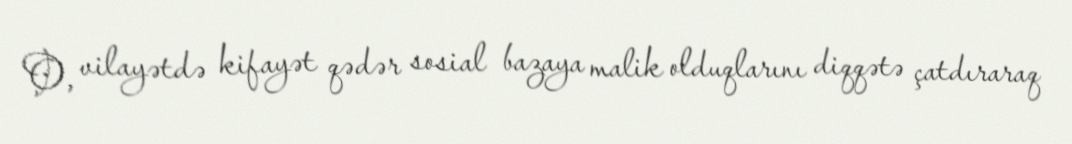
O, vilayətdə kifayət qədər sosial bazaya malik olduqlarını diqqətə çatdıraraq